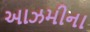
આઝમીના